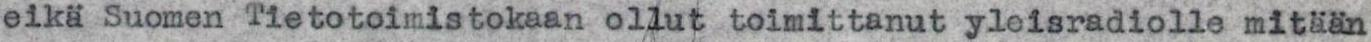
eikä Suomen Tietotoimistokaan ollut toimittanut yleisradiolle mitään